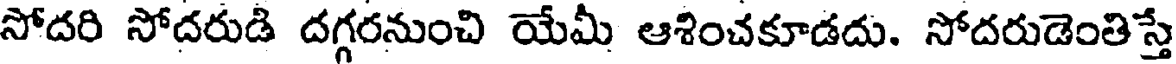
సోదరి సోదరుడి దగ్గరనుంచి యేమీ ఆశించకూడదు. సోదరుడెంతిస్తే